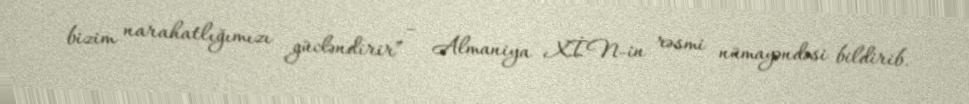
bizim narahatlığımızı gücləndirir” – Almaniya XİN-in rəsmi nümayəndəsi bildirib.